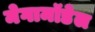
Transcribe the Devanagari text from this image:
मेगामॉडेल